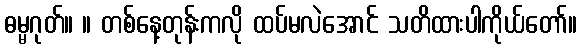
ဓမ္မဂုတ်။ ။ တစ်နေ့တုန်းကလို ထပ်မလဲအောင် သတိထားပါကိုယ်တော်။